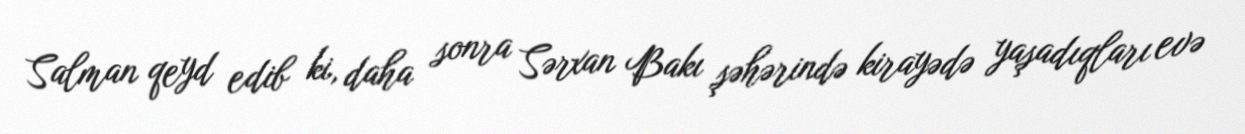
Salman qeyd edib ki, daha sonra Sərxan Bakı şəhərində kirayədə yaşadıqları evə